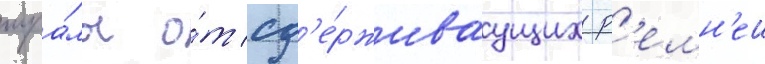
шра́мы о́т сд'е́рживаущих р'емн'еи